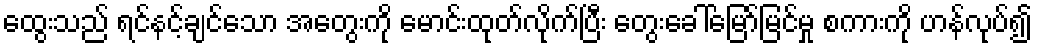
ထွေးသည် ရင်နင့်ချင်သော အတွေးကို မောင်းထုတ်လိုက်ပြီး တွေးခေါ်မြော်မြင်မှု စကားကို ဟန်လုပ်၍